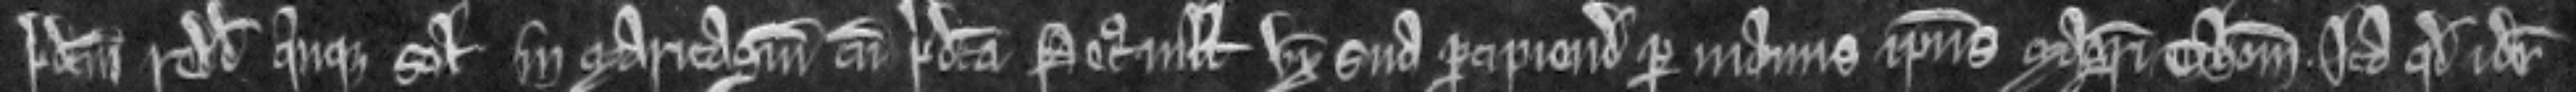
predictum redditum quinque solidorum in maritagium cum predicta Petronilla uxore sua percipiendum per manus ipsius Magistri Thome ita quod idem